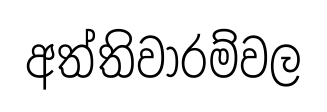
අත්තිවාරම්වල